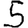
Digit: 5